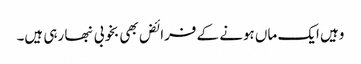
وہیں ایک ماں ہونے کے فرائض بھی بخوبی نبھا رہی ہیں۔